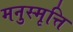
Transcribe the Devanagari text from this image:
मनुस्मृत्ति